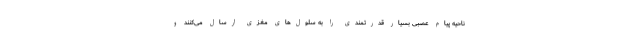
ناحیه پیام عصبی بسیار قدرتمندی را به سلول‌های مغزی ارسال می‌کنند و